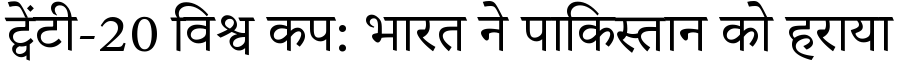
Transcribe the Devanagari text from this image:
ट्वेंटी-20 विश्व कप: भारत ने पाकिस्तान को हराया